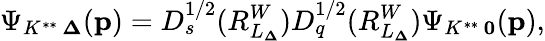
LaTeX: \Psi_{K^{**}\, {\mathbf\Delta}}({\mathbf p})=D_{s}^{1/2}(R_{L_{\mathbf\Delta}}^{W})D_{q}^{1/2}(R_{L_{\mathbf\Delta}}^{W})\Psi_{K^{**}\, {\mathbf 0}}({\mathbf p}),